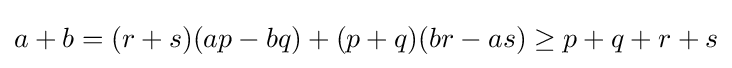
a+b=(r+s)(ap-bq)+(p+q)(br-as)\geq p+q+r+s